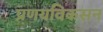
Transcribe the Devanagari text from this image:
प्रणयविकसन